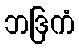
ဘဒြကံ